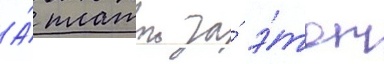
А́ платои за́ э́тот